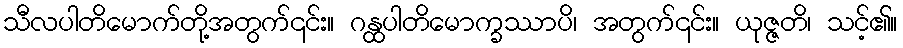
သီလပါတိမောက်တို့အတွက်၎င်း။ ဂန္ထပါတိမောက္ခဿာပိ၊ အတွက်၎င်း။ ယုဇ္ဇတိ၊ သင့်၏။